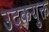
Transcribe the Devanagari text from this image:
उदकयुक्त